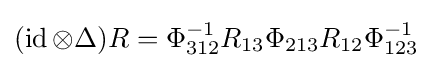
(\operatorname {id} \otimes \Delta )R=\Phi _{312}^{-1}R_{13}\Phi _{213}R_{12}\Phi _{123}^{-1}